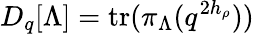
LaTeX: D_{q}[\Lambda]=\mathrm{tr}(\pi_{\Lambda}(q^{2h_{\rho}}))